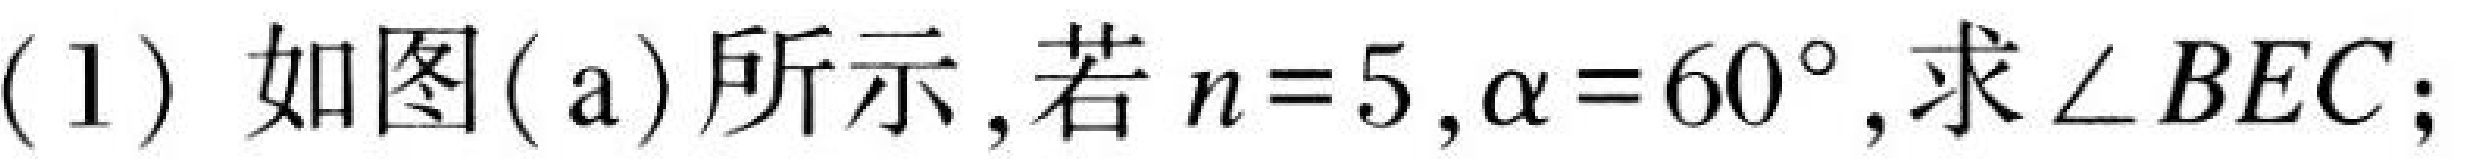
(1) 如图(a)所示,若\(n = 5\),\(\alpha=60^{\circ}\),求\(\angle BEC\);